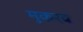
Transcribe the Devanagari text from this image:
मुकरब